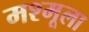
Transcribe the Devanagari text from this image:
मश्मूला